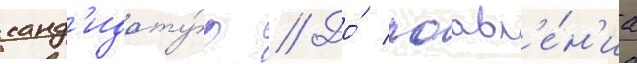
канд'идату́р // До́ поавл'е́н'иа